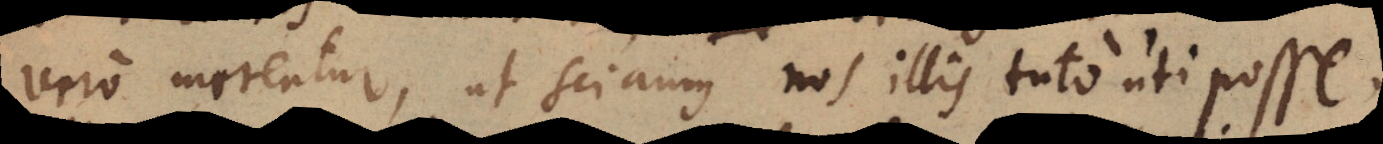
vero merentur, ut sciamus nos illis tuto uti posse;